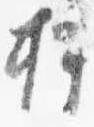
押